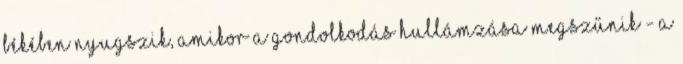
békében nyugszik, amikor a gondolkodás hullámzása megszűnik - a